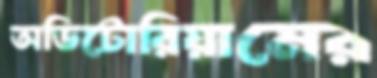
অডিটোরিয়ামের